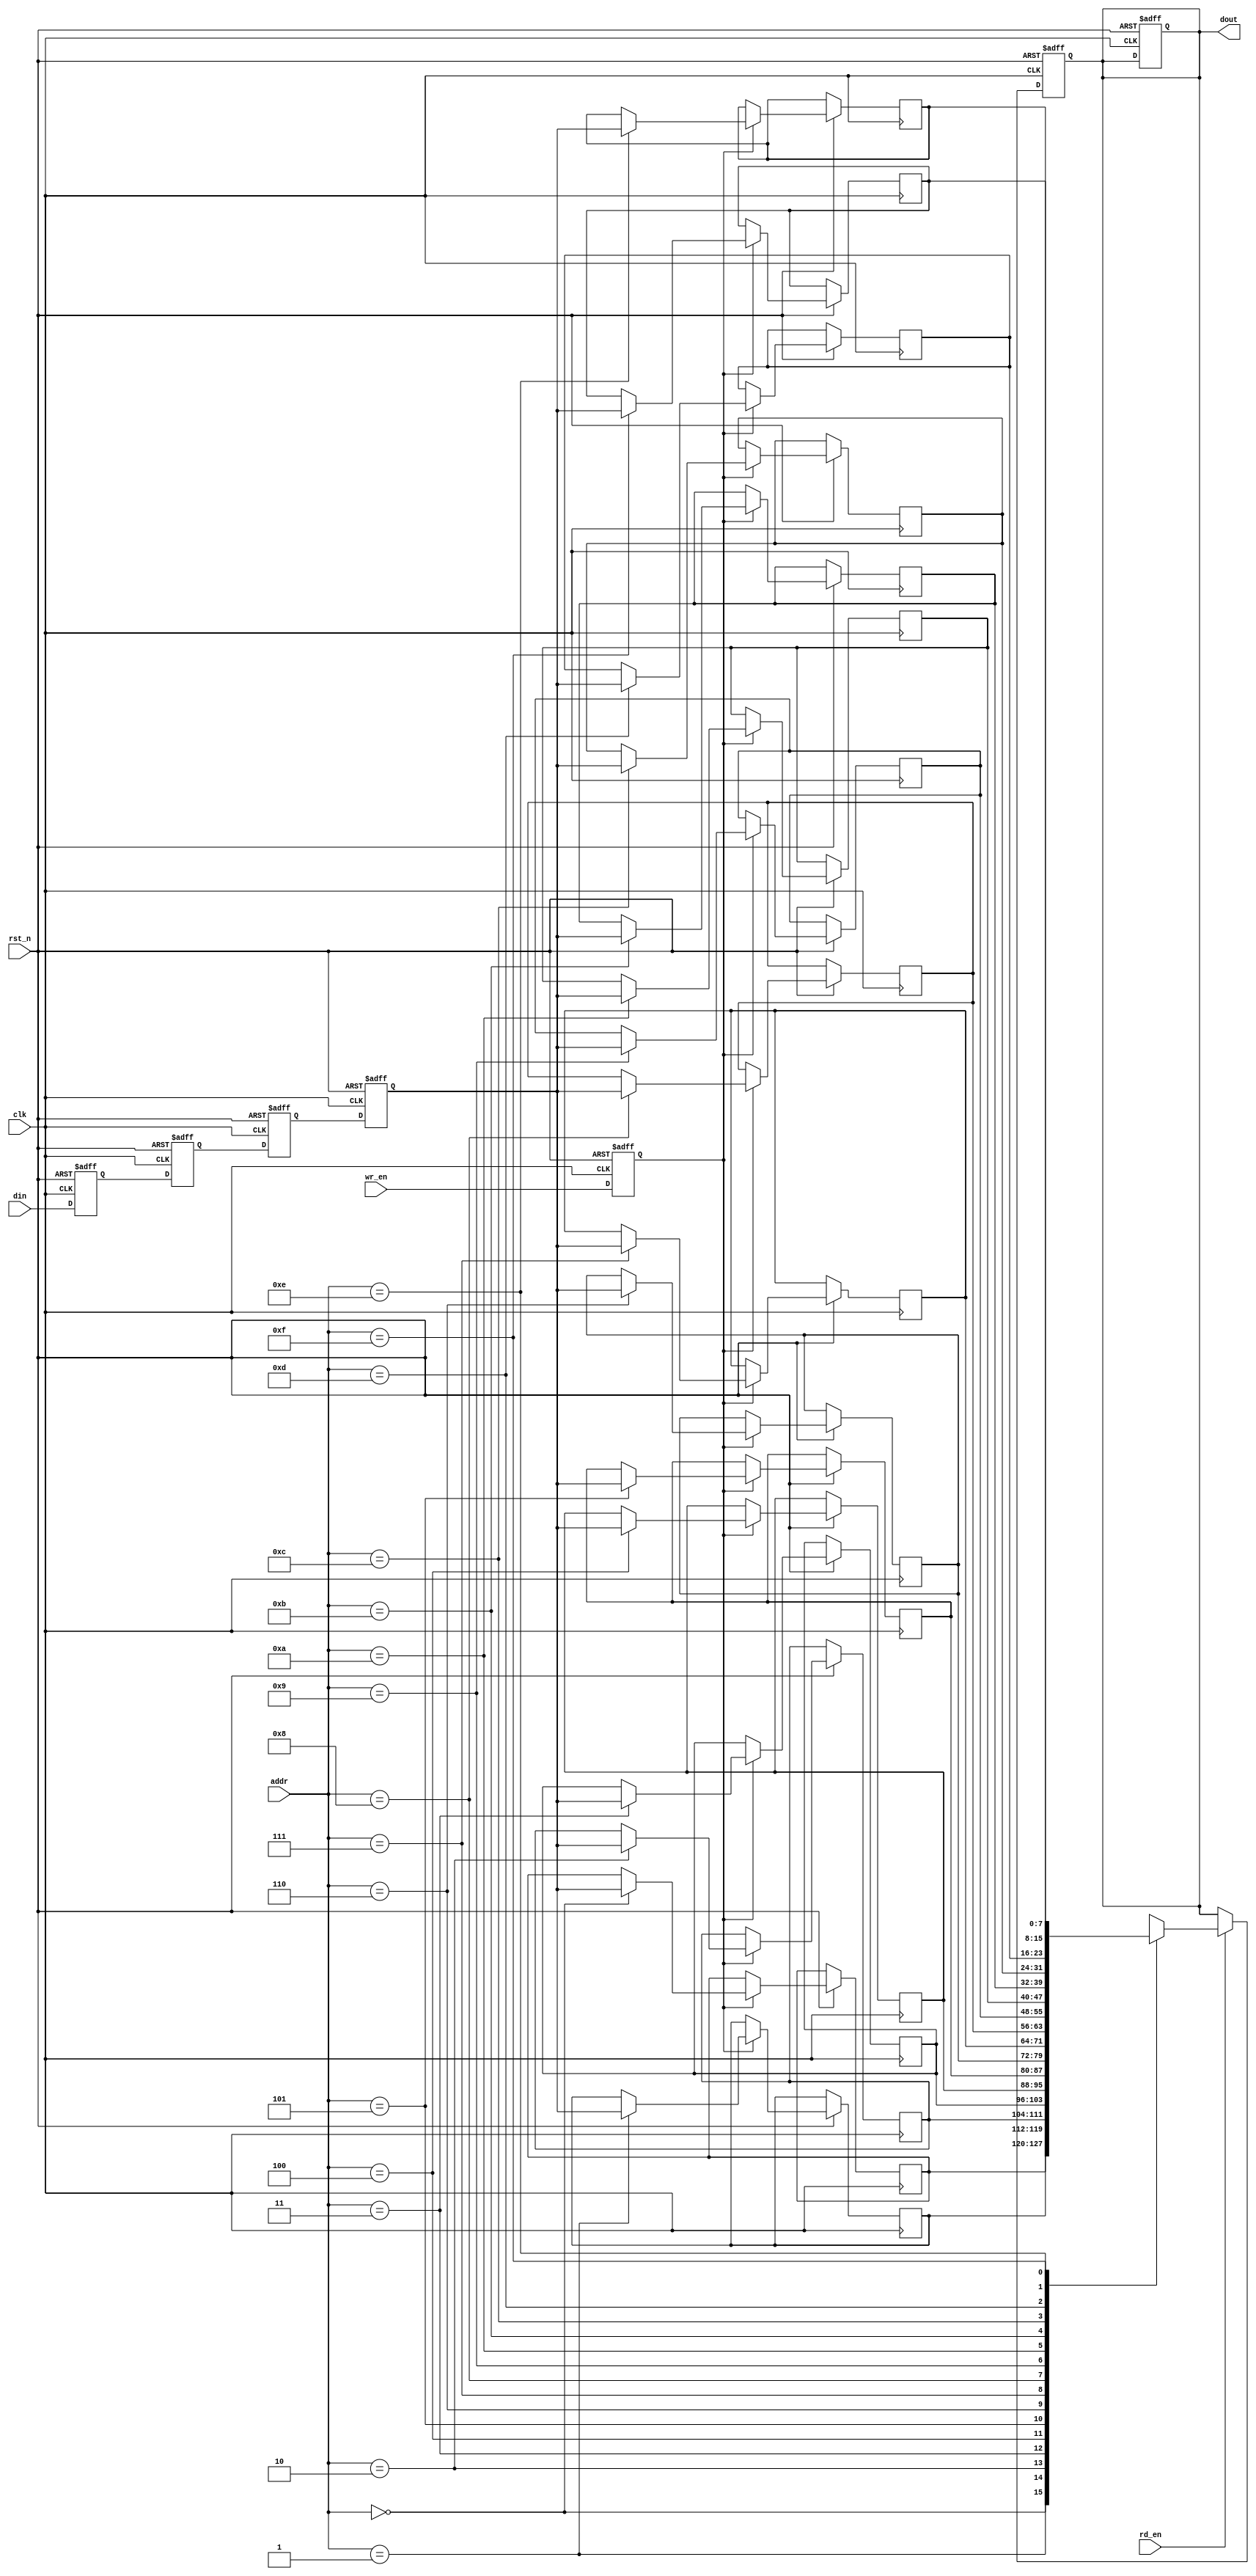
module memory_block #(
    parameter DATA_WIDTH = 8,    // Width of the data
    parameter ADDR_WIDTH = 4,    // Width of the address
    parameter DELAY_DEPTH = 3     // Depth of safe delay line
)(
    input wire clk,               // Clock for memory block
    input wire rst_n,             // Active-low reset
    input wire wr_en,             // Write enable
    input wire rd_en,             // Read enable
    input wire [ADDR_WIDTH-1:0] addr,  // Address input
    input wire [DATA_WIDTH-1:0] din,    // Data input
    output reg [DATA_WIDTH-1:0] dout   // Data output
);

    // Memory declaration (e.g., 16x8 RAM)
    reg [DATA_WIDTH-1:0] mem [(2**ADDR_WIDTH)-1:0];

    // Safe Delay Line
    reg [DATA_WIDTH-1:0] delay_line [0:DELAY_DEPTH-1];

    // Synchronization Logic
    reg [DATA_WIDTH-1:0] sync_din;
    reg sync_wr_en;
    
    // Reset delay line and input signals
    integer i;
    always @(posedge clk or negedge rst_n) begin
        if (!rst_n) begin
            for (i = 0; i < DELAY_DEPTH; i = i + 1) begin
                delay_line[i] <= 0;
            end
            sync_din <= 0;
            sync_wr_en <= 0;
        end else begin
            // Shift the delay line
            delay_line[0] <= din;
            for (i = 1; i < DELAY_DEPTH; i = i + 1) begin
                delay_line[i] <= delay_line[i-1];
            end
            
            // Synchronize input signals
            sync_din <= delay_line[DELAY_DEPTH-1];
            sync_wr_en <= wr_en; // Assume wr_en is already synchronized externally
        end
    end

    // Memory write operation
    always @(posedge clk or negedge rst_n) begin
        if (!rst_n) begin
            dout <= 0; // Reset output
        end else begin
            if (sync_wr_en) begin
                mem[addr] <= sync_din; // Write to memory
            end
        end
    end

    // Memory read operation
    always @(posedge clk or negedge rst_n) begin
        if (!rst_n) begin
            dout <= 0; // Reset output
        end else begin
            if (rd_en) begin
                dout <= mem[addr]; // Read from memory
            end
        end
    end

endmodule